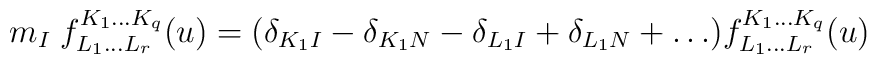
m_I\; f^{K_1\ldots K_q}_{L_1\ldots L_r}(u) = (\delta_{K_1I} -\delta_{K_1N} - \delta_{L_1I} +\delta_{L_1N} +\ldots)f^{K_1\ldots K_q}_{L_1\ldots L_r}(u)